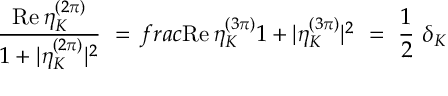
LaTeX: \frac { \mathrm { R e } \, \eta _ { K } ^ { ( 2 \pi ) } } { 1 + | \eta _ { K } ^ { ( 2 \pi ) } | ^ { 2 } } \ = \, f r a c { \mathrm { R e } \, \eta _ { K } ^ { ( 3 \pi ) } } { 1 + | \eta _ { K } ^ { ( 3 \pi ) } | ^ { 2 } } \ = \ \frac 1 2 \ \delta _ { K }